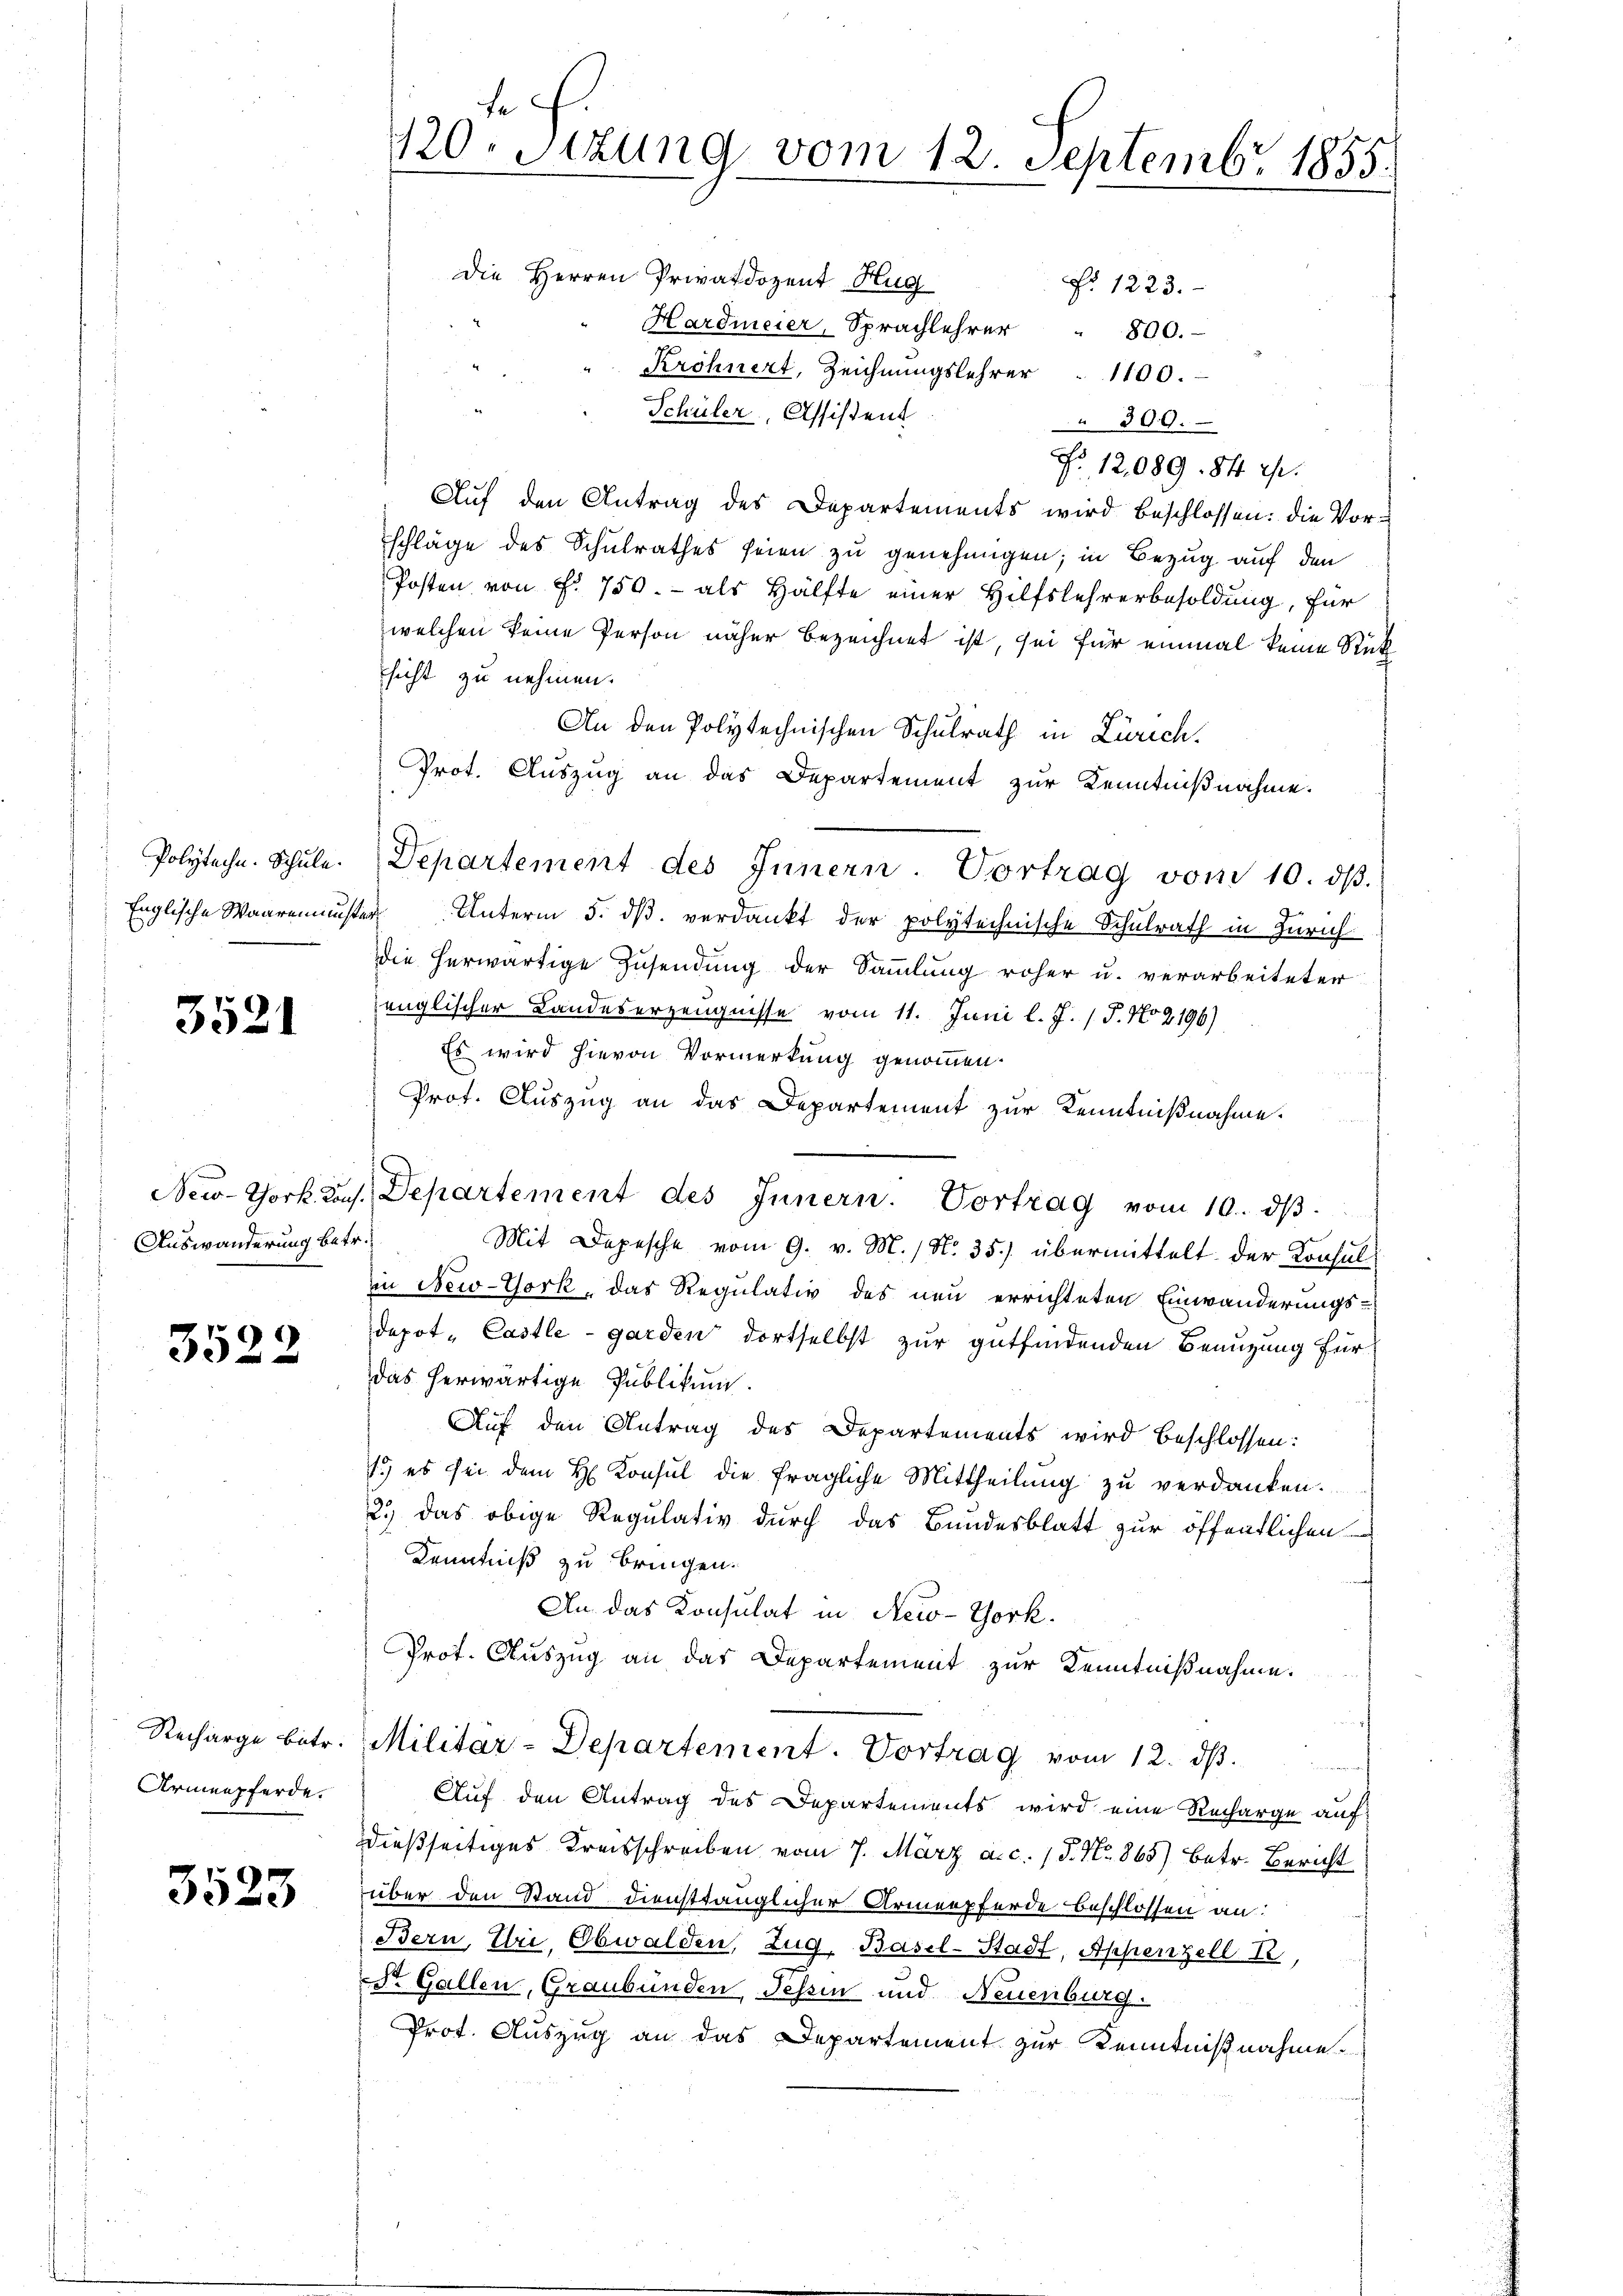
3521

Auswanderung betr.

3522

Recharge betr.
Armenpferde.

3523

te f
120. Sitzung vom 12. Septembr 1855.
Die Herren Privatdozent Hug
No. 1223.
Hardmeier, Sprachlehrer " 800.

Kröhnert, Zeichnungslehrer  1100.
Schüler, Assistent
300.
Fr. 12,089. 84 Rp.
Auf den Antrag des Departements wird beschlossen: die Vorschläge des Schulrathes seien zu genehmigen; in Bezug auf den
Posten von Fr. 750.- als Hälfte einer Hilfslehrerbesoldung, für
welchen keine Person näher bezeichnet ist, sei für einmal keine Rück
sicht zu nehmen.
An den Polytechnischen Schulrath in Zürich,
Prot. Auszug an das Departement zur Kenntnißnahme.
Englische Waaremuster Unterm 5. dβ verdankt der polytechnische Schulrath in Zürich
Die herwärtige Zusendung der Sammlung roher u. verarbeiteter
englischer Landeserzeugnisse vom 11. Juni l. J. 17. No 2196)
Es wird hievon Vormerkung genommen.
Prot. Auszug an das Departement zur Kenntnißnahme.
New-York Laus. Departement des Innern. Vortrag vom 10. dβ.
Mit Depesche vom 9. v. M. No. 35.) übermittelt der Konsulin New-York, das Regulativ des neu errichteten Einwanderungs-
depot- Castle - garden dortselbst zur gutfindenden Benuzung für
das herwärtige Publikum.
Auf den Antrag des Departements wird beschlossen:
1.) es sei dem H. Konsul die fragliche Mittheilung zu verdanken.
2.) Das obige Regulativ durch das Bundesblatt zur öffentlichen
Kenntniß zu bringen.
An das Konsulat in New-York
Prot. Auszug an das Departement zur Kenntnißnahme.
Militär-Departement. Vortrag vom 12. ds.
Auf den Antrag des Departements wird eine Recharge auf
dießseitiges Kreisschreiben vom 7. März a. c. 1 P. Nr. 865) betr. Bericht
über den Stand diensttänglicher Armenpferde beschlossen an:
Bern, Uri, Obwalden, Zug, Basel-Stadt, Appenzell T.,
St. Gallen, Graubünden, Tessin und Neuenburg.
Prot. Auszug an das Departement zur Kenntnißnahme.

Polytechn. Schŭle. Departement des Innern. Vortrag vom 10. dβ.